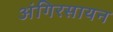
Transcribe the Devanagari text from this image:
अंगिरसायन